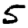
Digit: 5